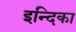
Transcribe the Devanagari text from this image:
इन्दिका